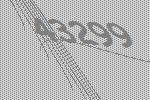
43299